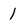
Character: 1